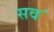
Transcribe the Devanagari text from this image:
सव॔